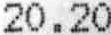
20.20